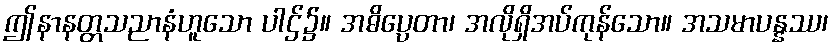
ဤနာနတ္တသညာနံဟူသော ပါဌ်၌။ အဓိပ္ပေတာ၊ အလိုရှိအပ်ကုန်သော။ အသမာပန္နဿ၊